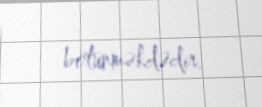
bölünməkdədir.